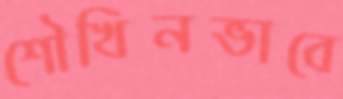
শৌখিনভাবে